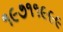
૧૯૭૧૧૯૯૯